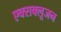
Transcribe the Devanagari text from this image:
एक्सक्लूजन